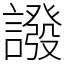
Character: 𧬋